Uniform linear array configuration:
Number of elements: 4
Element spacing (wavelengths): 1
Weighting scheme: hamming
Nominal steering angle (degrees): -15
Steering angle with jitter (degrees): -16.547
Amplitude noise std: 0.05
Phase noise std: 0.05

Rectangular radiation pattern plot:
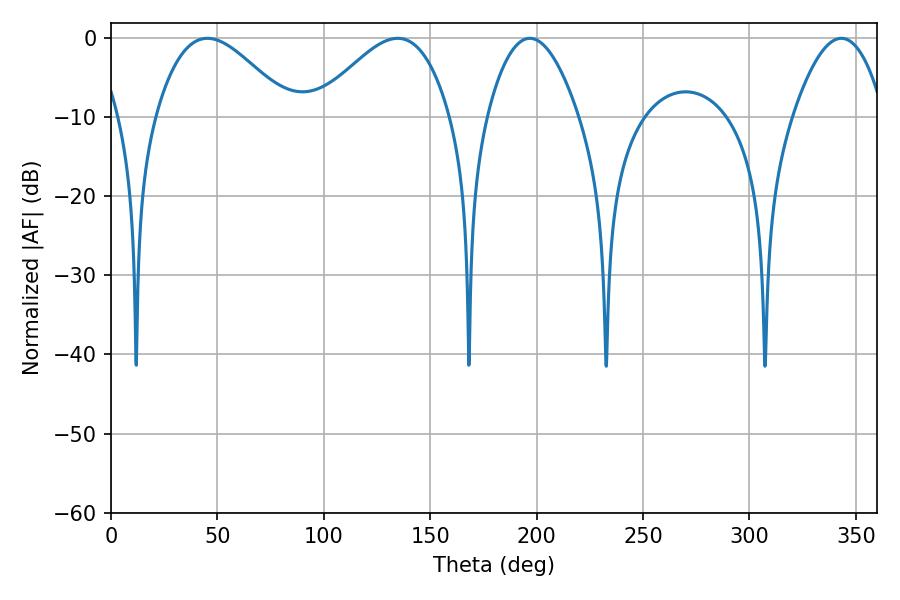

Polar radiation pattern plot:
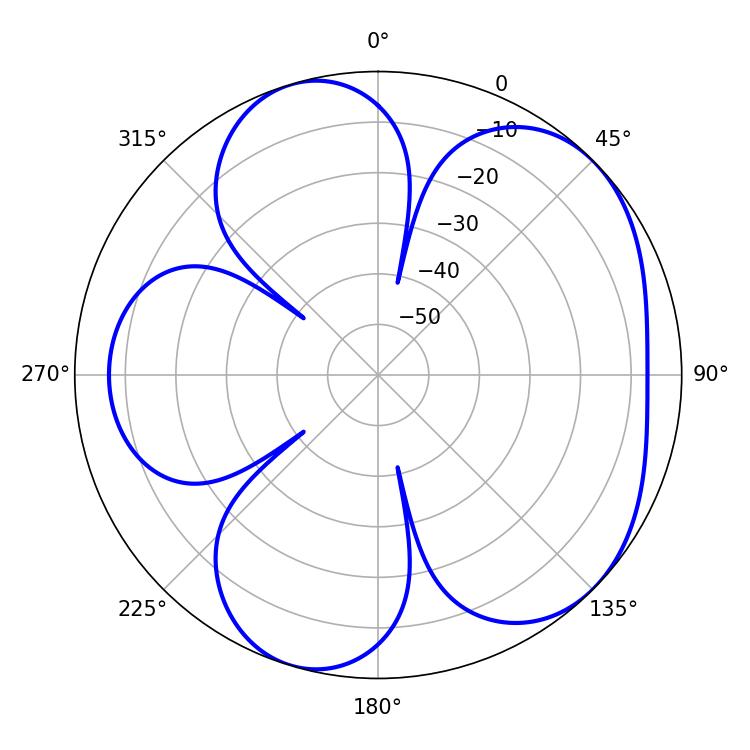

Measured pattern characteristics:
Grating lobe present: TRUE
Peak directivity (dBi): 5.251
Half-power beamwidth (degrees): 34.02
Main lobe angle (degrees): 45.36